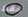
فقط